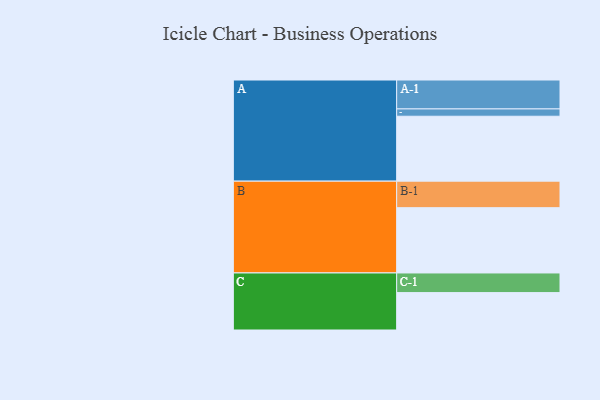
{"axis": {"x": "Segment", "y": "Value"}, "legend": ["", "A", "B", "C"], "data": [{"x": "A", "y": 568, "type": ""}, {"x": "B", "y": 571, "type": ""}, {"x": "C", "y": 327, "type": ""}, {"x": "A-1", "y": 253, "type": "A"}, {"x": "A-2", "y": 64, "type": "A"}, {"x": "B-1", "y": 232, "type": "B"}, {"x": "C-1", "y": 172, "type": "C"}]}